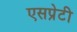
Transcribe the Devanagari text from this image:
एसप्रेटी